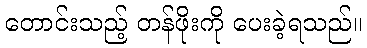
တောင်းသည့် တန်ဖိုးကို ပေးခဲ့ရသည်။